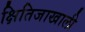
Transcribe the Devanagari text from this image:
क्षितिजाखाली